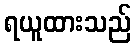
ရယူထားသည်